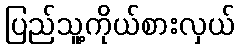
ပြည်သူ့ကိုယ်စားလှယ်